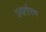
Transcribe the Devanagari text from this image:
ज्यतोरण